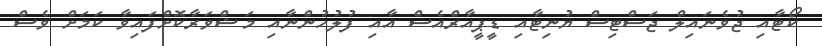
ކޯޓާއި ޖުވެނައިލް ޖަސްޓިސް ޔުނިޓާއި ޑީޕީއާރްއެސް އާއި ފުލުހުންނާއި މަޝްވަރާކޮށްފައިވާ ކަމަށް ވެސް